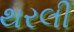
થરલી